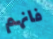
فانهم